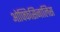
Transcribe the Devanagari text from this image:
ओफ्फिसिनालिस